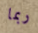
ربما